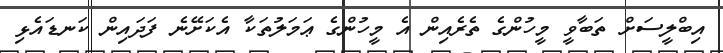
އިބްލީސަށް ތަބާވީ މީހުންގެ ތެރެއިން އެ މީހުންގެ ޢަމަލުތަކާ އެކަށޭނެ ފަދައިން ކަނޑައެޅި